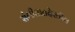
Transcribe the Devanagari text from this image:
संगीतातदेखील